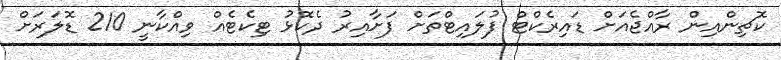
ކޮޗިންއިން ރާއްޖެއަށް ޑައިރެކްޓް ފުލައިޓްތަށް ފަށާއިރު ދެކޮޅު ޓިކެޓެއް ވިއްކާނީ 210 ޑޮލަރަށް